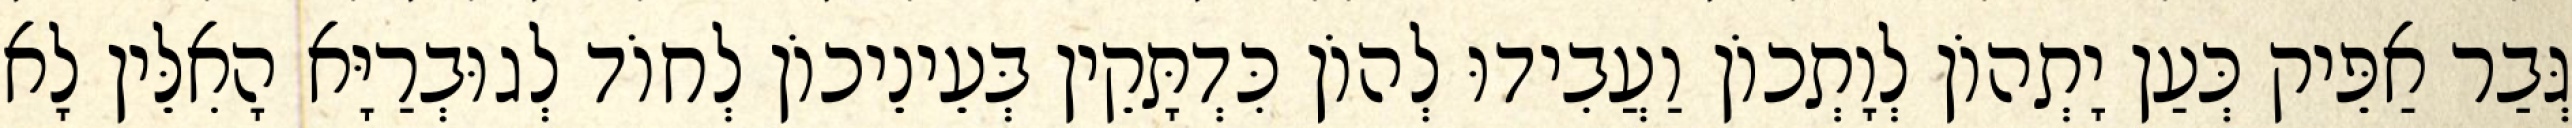
גְּבַר אַפֵּיק כְּעַן יָתְהוֹן לְוָתְכוֹן וַעֲבִידוּ לְהוֹן כִּדְתָּקֵין בְּעֵינֵיכוֹן לְחוֹד לְגוּבְרַיָּא הָאִלֵּין לָא